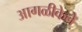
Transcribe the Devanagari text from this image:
आगळीकेने